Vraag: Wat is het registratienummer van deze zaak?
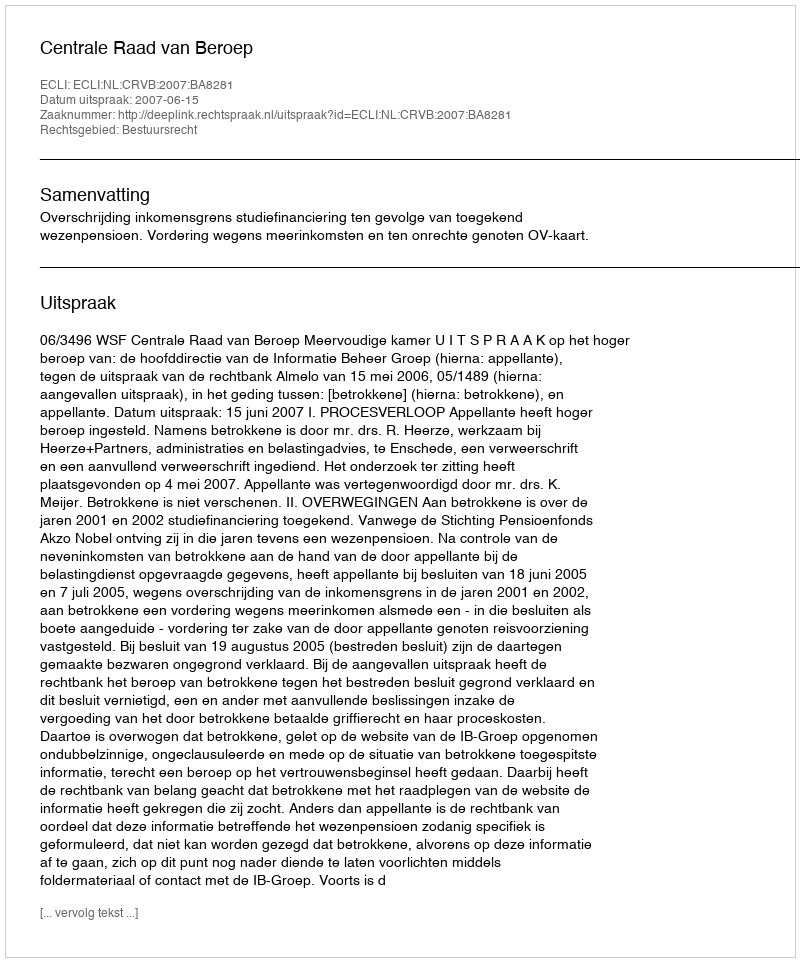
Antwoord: http://deeplink.rechtspraak.nl/uitspraak?id=ECLI:NL:CRVB:2007:BA8281